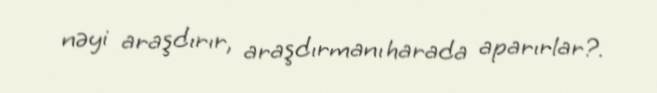
nəyi araşdırır, araşdırmanı harada aparırlar?.